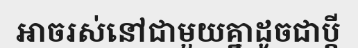
អាចរស់នៅជាមួយគ្នាដូចជាប្តី